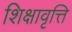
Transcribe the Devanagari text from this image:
शिक्षावृत्ति